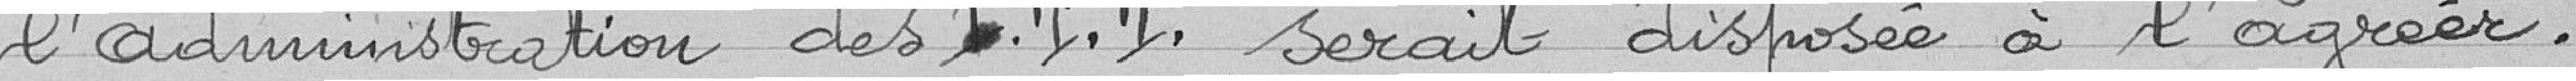
l'Administration des P.T.T. serait disposée à l'agréer.